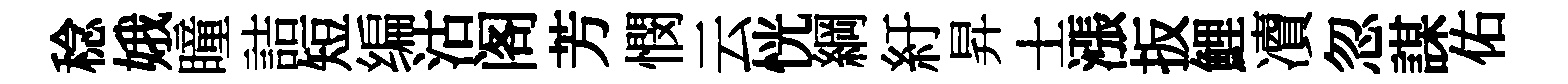
稔娥瞳詰短编沽阁芳憫云恍綱紆昇士漲扳鯉凟忽謀佑